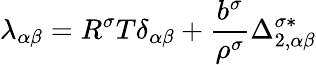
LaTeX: \lambda_{\alpha\beta}=R^{\sigma}T\delta_{\alpha\beta}+\frac{b^{\sigma}}{\rho^{\sigma}}\Delta_{2,\alpha\beta}^{\sigma*}